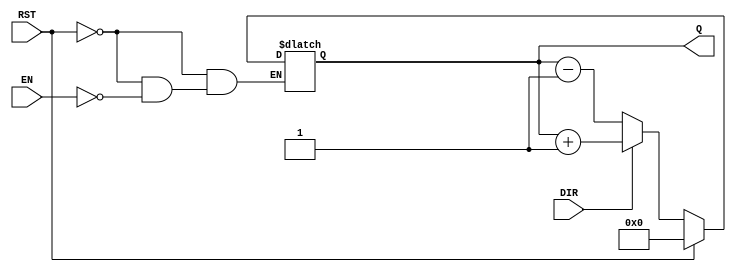
module async_counter #(
    parameter WIDTH = 4  // Configurable bit width, default 4 bits (can be set from 3 to 8)
)(
    input wire EN,        // Enable signal
    input wire DIR,       // Count direction (1 for up, 0 for down)
    input wire RST,       // Asynchronous reset
    output reg [WIDTH-1:0] Q // Count value output
);

// Asynchronous reset and counting logic
always @(*) begin
    if (RST) begin
        Q = 0; // Reset the counter to 0
    end else if (EN) begin
        if (DIR) begin
            Q = Q + 1; // Increment the counter
        end else begin
            Q = Q - 1; // Decrement the counter
        end
    end
end

endmodule